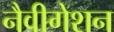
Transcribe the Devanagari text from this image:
नैवीगेशन